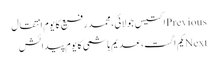
Previousاکتیس جولائی، محمد رفیع کا یومِ انتقال
Nextیکم اگست، عدیم ہاشمی کا یومِ پیدائش